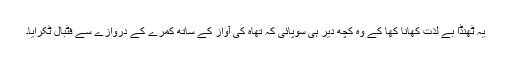
یہ ٹھنڈا بے لذت کھانا کھا کے وہ کچھ دیر ہی سوپائی کہ تھاہ کی آواز کے ساتھ کمرے کے دروازے سے فٹبال ٹکرایا۔